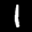
Label: 1